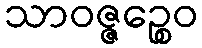
သာဝဇ္ဇဉ္စေဝ